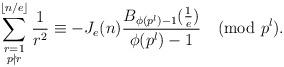
LaTeX: \begin{align*}\sum^{\lfloor n/e\rfloor}_{\substack{r=1\\ p\nmid r}}\frac{1}{r^{2}}\equiv -J_{e}(n)\frac{B_{\phi(p^{l})-1}(\frac{1}{e})}{\phi(p^{l})-1}\pmod{p^{l}}.\end{align*}